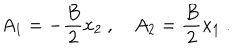
A _ { 1 } = - \frac { B } { 2 } x _ { 2 } \ , \quad A _ { 2 } = \frac { B } { 2 } x _ { 1 } \ .